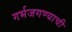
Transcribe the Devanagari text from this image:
गर्भजगण्याची